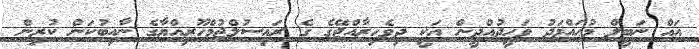
އައް ނަބީލް މުޙައްމަދު ވަހީދުއްދީން އަކީ ދިވެހިރާއްޖޭގެ ގެ ރަޢިސުލްޖުމްހޫރިއްޔާގެ ނާއިބުކަން ކުރިން